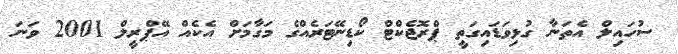
ސުހައިލް އެތަނާ ގުޅިވަޑައިގަތީ ޕްރޮޖެކްޓް ކޯޑިނޭޓަރެއްގެ މަގާމަށް އެކެއް އޭޕްރީލް 2001 ވަނަ